system: You are a helpful assistant.
user:
Analyze the provided spectrum to determine if it is a **White Dwarf (WD)**.

A White Dwarf spectrum is defined by its **extreme purity** (due to gravitational settling) and/or **extreme pressure broadening** (due to high surface gravity). You must check for one of the following mutually exclusive signatures:

- **Key Visual Indicators (Check for ONE of these types):**

    - **1. DA-Type Signature (Most Common):**
        - **(Primary Feature):** Extreme pressure broadening (Stark broadening) of the **Hydrogen (H) Balmer lines**.
        - **(Key Lines):** $H\beta$ (approx. $4861$ Å) and $H\gamma$ (approx. $4340$ Å). $H\alpha$ (approx. $6563$ Å) will also be present if the wavelength range covers it.
        - **(Line Profile):** This is the **defining feature**. The lines are **NOT** sharp. They appear as massive, **extremely broad and deep "troughs" or "dips"** in the spectrum, often hundreds of Ångströms wide. The continuum will appear to "scoop" down at these wavelengths.
        - **(Distinction):** Normal A-type or B-type stars have *narrow* and *sharp* Hydrogen lines. A DA White Dwarf's lines are unmistakably "smeared" or "blurry" from pressure.

    - **2. DB-Type Signature:**
        - **(Primary Feature):** Broad absorption lines from **Neutral Helium (He I)**. The spectrum must lack any visible Hydrogen lines.
        - **(Key Lines):** Look for broad absorption near $4471$ Å, $4921$ Å, and $5876$ Å.
        - **(Line Profile):** These lines are also significantly pressure-broadened, appearing much wider than they would in a normal B-type main-sequence star.

    - **3. DC-Type Signature:**
        - **(Primary Feature):** A **featureless continuous spectrum**.
        - **(Line Profile):** The spectrum is a smooth curve with **no significant absorption or emission lines**.
        - **(Key Confirmation):** The continuum is almost always **blue or white**, indicating a hot object. This signature implies the atmosphere is so pure (or so cool) that no spectral lines are visible in the optical range. Its WD identity is confirmed by its extremely low intrinsic brightness (high absolute magnitude).

    - **4. DZ-Type Signature (Metal-Polluted):**
        - **(Primary Feature):** **Isolated, narrow metal absorption lines** on an otherwise featureless (DC-like) continuum.
        - **(Key Lines):** The **Calcium (Ca II) H & K doublet** (approx. **$3934$ Å** and **$3968$ Å**) is the most common and defining feature.
        - **(Line Profile):** These lines are "out of place." They are *not* part of a "forest" of thousands of lines. This signature is evidence of recent *accretion* (pollution) from rocky debris.
        - **(Distinction):** Normal G/K/M stars have a *dense forest* of thousands of metal lines. A DZ has a *clean* continuum with *only a few* strong metal lines.

    - **5. DQ-Type Signature (Carbon-Polluted):**
        - **(Primary Feature):** Absorption bands from **Carbon (C₂ "Swan Bands" or atomic C I)**.
        - **(Key Lines - C₂):** Look for bandheads with a "saw-tooth" shape near $5635$ Å, **$5165$ Å** (strongest), and $4737$ Å.
        - **(Key Confirmation):** The underlying **continuum must be blue or white** (hot).
        - **(Distinction):** This is the critical difference from a **Carbon Star**, which has the *exact same* C₂ bands but on an extremely **red, cool** continuum.

- **(Overall Spectrum):**
    - The continuum (overall shape) is typically **blue-sloping** (brighter in the blue than the red), as most white dwarfs are very hot.
    - The spectrum will look "pure" or "simple," dominated by only *one* of the five signatures listed above.

Think first, call **spectral_visualization_tool** if needed to examine features in detail, then provide your final answer. Your response must adhere to the following strict rules:
1.  **Overall Structure:** Your response must follow the format `<think>...</think> <tool_call>...</tool_call> (if a tool is used) <answer>...</answer>`.
2.  **Tool Usage Constraint:** You may only make **one** tool call per turn.
3.  **Final Answer Format:** In the `<answer>` tag, your conclusion must be inside a `\boxed{}` command (e.g., `\boxed{YES}` or `\boxed{NO}`), followed by your justification.

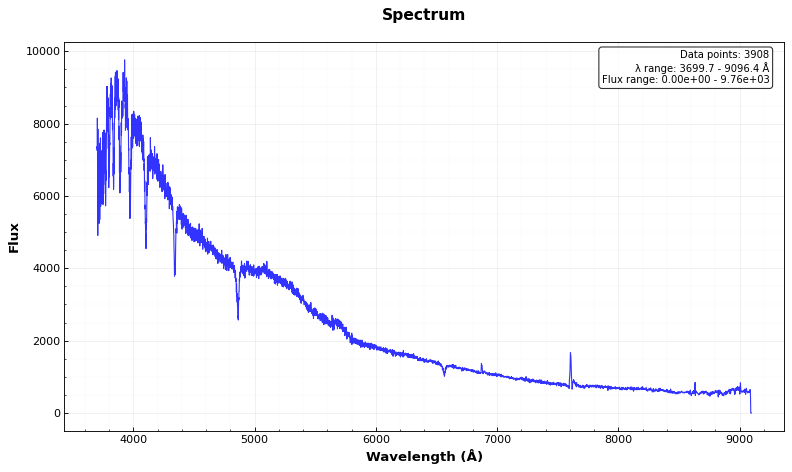
Answer: NO